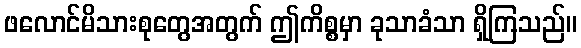
ဖလောင်မိသားစုတွေအတွက် ဤကိစ္စမှာ ခုသာခံသာ ရှိကြသည်။